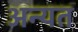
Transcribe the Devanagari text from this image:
अन्यत